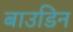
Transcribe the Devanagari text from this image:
बाउडिन